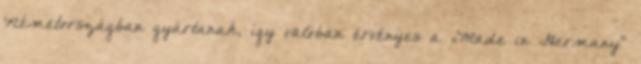
Németországban gyártanak, így valóban érvényes a „Made in Germany"